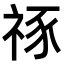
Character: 𥙮